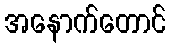
အနောက်တောင်